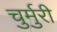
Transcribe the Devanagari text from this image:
चुर्मुरी